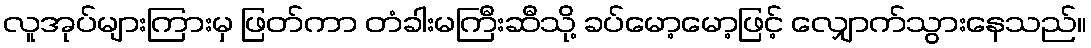
လူအုပ်များကြားမှ ဖြတ်ကာ တံခါးမကြီးဆီသို့ ခပ်မော့မော့ဖြင့် လျှောက်သွားနေသည်။